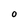
Character: O